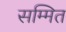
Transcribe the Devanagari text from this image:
सम्मित